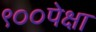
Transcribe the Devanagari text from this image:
९००पेक्षा